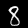
Digit: 8